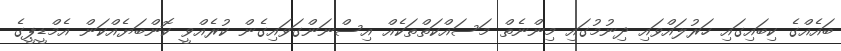
ބައެއްގެ ކިބައިގައި ހަރުލައްވައި ދިނުމުގައި މިންނެތް މަސައްކަތްތަކެއް އިސްނަންގަވައިގެން ކުރެއްވީ ކޮންބަޔެއްކަން އެމްޑީޕީގެ